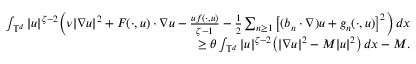
\begin{array} { r l } { \int _ { { \mathbb T } ^ { d } } | u | ^ { \zeta - 2 } \Big ( \nu | \nabla u | ^ { 2 } + F ( \cdot , u ) \cdot \nabla u - \frac { u f ( \cdot , u ) } { \zeta - 1 } - \frac 1 2 \sum _ { n \geq 1 } \big [ ( b _ { n } \cdot \nabla ) u + g _ { n } ( \cdot , u ) \big ] ^ { 2 } \Big ) \, d x } & { } \\ { \geq \theta \int _ { { \mathbb T } ^ { d } } | u | ^ { \zeta - 2 } \big ( | \nabla u | ^ { 2 } - M | u | ^ { 2 } \big ) \, d x - M . } & { } \end{array}